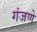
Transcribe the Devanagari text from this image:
गंजणे